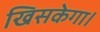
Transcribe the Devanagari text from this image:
खिसकेगा।